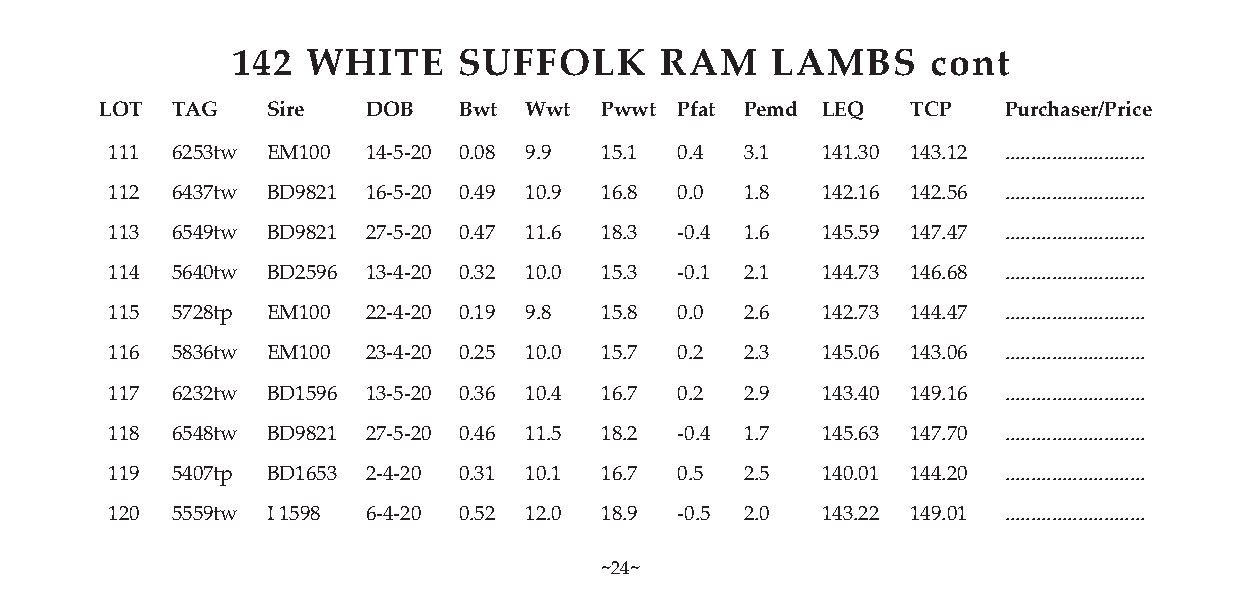
142  WHITE     SUFFOLK       RAM    LAMBS      cont
 LOT TAG    Sire  DOB   Bwt  Wwt  Pwwt Pfat Pemd LEQ  TCP   Purchaser/Price
 111 6253tw EM100 14-5-20 0.08 9.9 15.1 0.4 3.1 141.30 143.12 ...........................
 112 6437tw BD9821 16-5-20 0.49 10.9 16.8 0.0 1.8 142.16 142.56 ...........................
 113 6549tw BD9821 27-5-20 0.47 11.6 18.3 -0.4 1.6 145.59 147.47 ...........................
 114 5640tw BD2596 13-4-20 0.32 10.0 15.3 -0.1 2.1 144.73 146.68 ...........................
 115 5728tp EM100 22-4-20 0.19 9.8 15.8 0.0 2.6 142.73 144.47 ...........................
 116 5836tw EM100 23-4-20 0.25 10.0 15.7 0.2 2.3 145.06 143.06 ...........................
 117 6232tw BD1596 13-5-20 0.36 10.4 16.7 0.2 2.9 143.40 149.16 ...........................
 118 6548tw BD9821 27-5-20 0.46 11.5 18.2 -0.4 1.7 145.63 147.70 ...........................
 119 5407tp BD1653 2-4-20 0.31 10.1 16.7 0.5 2.5 140.01 144.20 ...........................
 120 5559tw I 1598 6-4-20 0.52 12.0 18.9 -0.5 2.0 143.22 149.01 ...........................
 ~24~